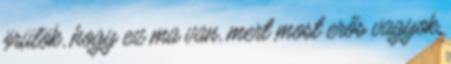
örülök, hogy ez ma van, mert most erős vagyok